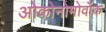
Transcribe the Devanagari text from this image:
ओकोनोमोवॉक